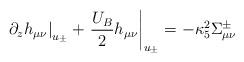
LaTeX: \begin{align*}\left.\partial_z h_{\mu\nu}\right|_{u_{\pm}}+\left.\frac{U_B}{2}h_{\mu\nu}\right|_{u_{\pm}}=-\kappa_5^2\Sigma^{\pm}_{\mu\nu}\end{align*}